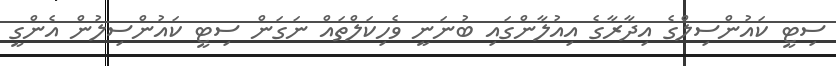
ސިޓީ ކައުންސިލްގެ އިދާރާގެ އިއުލާންގައި ބުނަނީ ވެހިކަލްތައް ނަގަން ސިޓީ ކައުންސިލުން އެންގީ